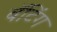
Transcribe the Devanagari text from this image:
बॅटिंग